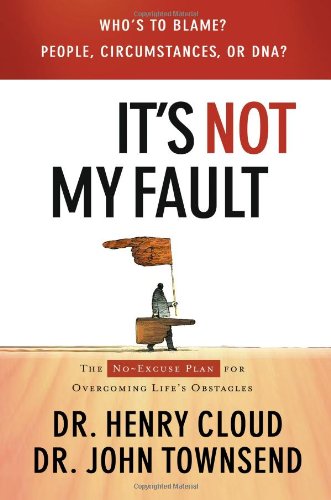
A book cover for It's Not My Fault: The No-Excuses Plan for Overcoming the Effects of People, Circumstances or DNA and Enjoying God's Best; Dr Henry Cloud; Christian Books & Bibles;